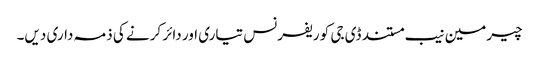
چیرمین نیب مستند ڈی جی کو ریفرنس تیاری اور دائر کرنے کی ذمہ داری دیں۔